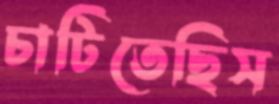
চাটিতেছিস